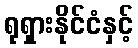
ရုရှားနိုင်ငံနှင့်